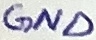
Text: GND